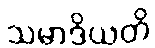
သမာဒိယတိ